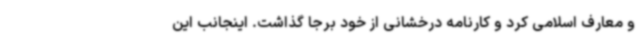
و معارف اسلامی کرد و کارنامه درخشانی از خود برجا گذاشت. اینجانب این